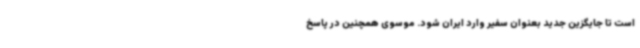
است تا جایگزین جدید بعنوان سفیر وارد ایران شود. موسوی همچنین در پاسخ